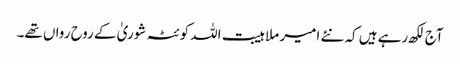
آج لکھ رہے ہیں کہ نئے امیر ملا ہیبت اللہ کوئٹہ شوریٰ کے روح رواں تھے۔